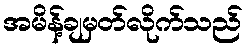
အမိန့်ချမှတ်လိုက်သည်